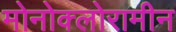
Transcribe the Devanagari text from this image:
मोनोक्लोरामीन